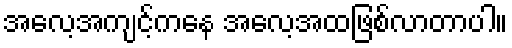
အလေ့အကျင့်ကနေ အလေ့အထဖြစ်လာတာပါ။